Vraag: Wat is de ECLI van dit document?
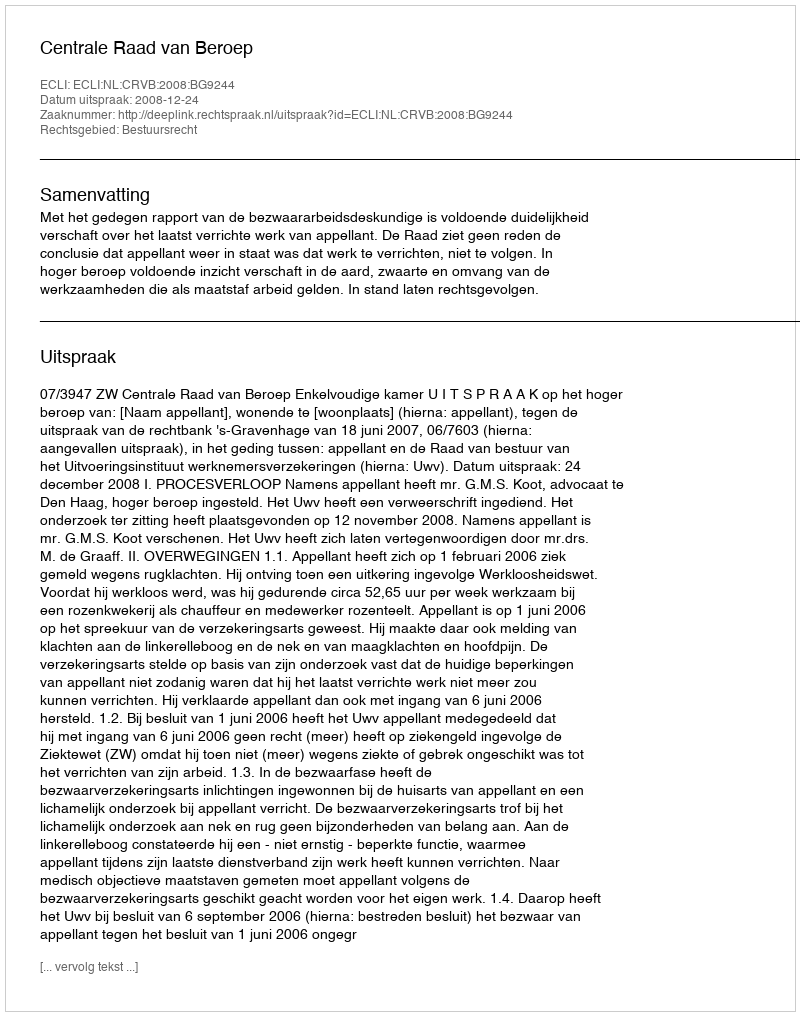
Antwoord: ECLI:NL:CRVB:2008:BG9244